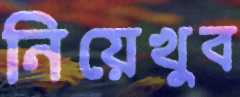
নিয়েখুব